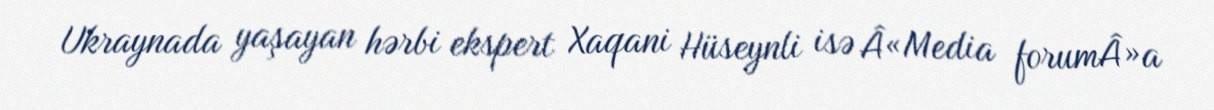
Ukraynada yaşayan hərbi ekspert Xaqani Hüseynli isə Â«Media forumÂ»a